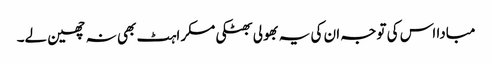
مبادا اس کی توجہ ان کی یہ بھولی بھٹکی مسکراہٹ بھی نہ چھین لے۔